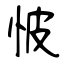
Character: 怶